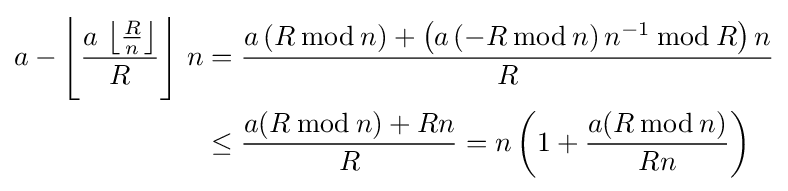
{\begin{aligned}a-\left\lfloor {\frac {a\,\left\lfloor {\frac {R}{n}}\right\rfloor }{R}}\right\rfloor \,n&={\frac {a\left(R\,{\bmod {\,}}n\right)+\left(a\left(-R\,{\bmod {\,}}n\right)n^{-1}\,{\bmod {\,}}R\right)n}{R}}\\&\leq {\frac {a(R\,{\bmod {\,}}n)+Rn}{R}}=n\left(1+{\frac {a(R\,{\bmod {\,}}n)}{Rn}}\right)\end{aligned}}